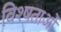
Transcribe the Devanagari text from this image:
विश्षताओं